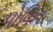
પોષિત